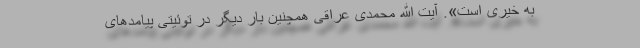
به خیری است». آیت الله محمدی عراقی همچنین بار دیگر در توئیتی پیامدهای